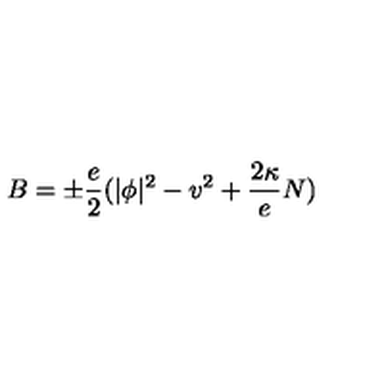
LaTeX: B = \pm \frac e 2 ( | \phi | ^ { 2 } - v ^ { 2 } + \frac { 2 \kappa } e N )